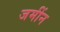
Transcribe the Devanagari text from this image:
जमींन